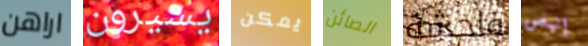
اراهن يسيرون يمكن الصائن فاحشة إنهض